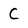
Character: C